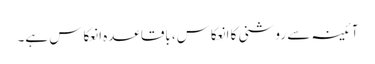
آئینہ سے روشنی کا انعکاس، باقاعدہ انعکاس ہے۔